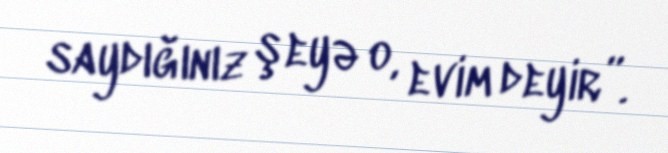
saydığınız şeyə o, evim deyir”.